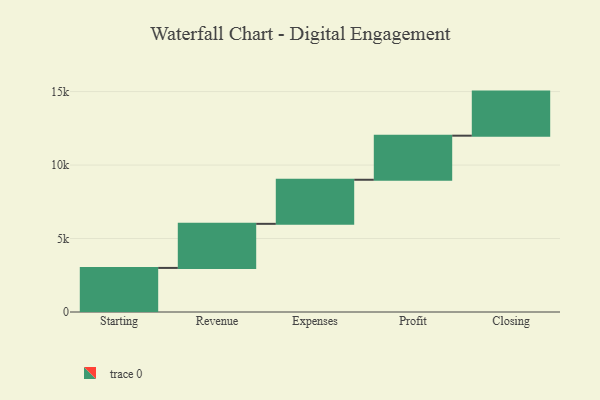
{"axis": {"x": "Step", "y": "Value"}, "legend": [""], "data": [{"x": "Starting", "y": 3000, "type": ""}, {"x": "Revenue", "y": 3000, "type": ""}, {"x": "Expenses", "y": 3000, "type": ""}, {"x": "Profit", "y": 3000, "type": ""}, {"x": "Closing", "y": 3000, "type": ""}]}